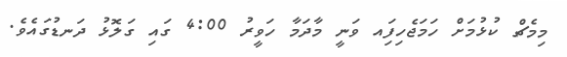
މިމެޗް ކުޅުމަށް ހަމަޖެހިފަިއ ވަނީ މާދަމާ ހަވީރު 4:00 ގައި ގަލޮޅު ދަނޑުގައެވެ.